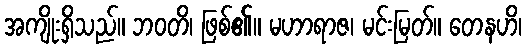
အကျိုးရှိသည်။ ဘဝတိ၊ ဖြစ်၏။ မဟာရာဇ၊ မင်းမြတ်။ တေနဟိ၊